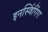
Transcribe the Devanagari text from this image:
इनस्विंगिंग